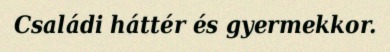
Családi háttér és gyermekkor.